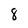
Character: 8